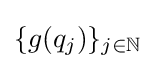
\{g(q_{j})\}_{j\in \mathbb {N} }